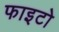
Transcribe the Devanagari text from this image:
फाइटो